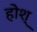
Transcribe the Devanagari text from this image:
होश्